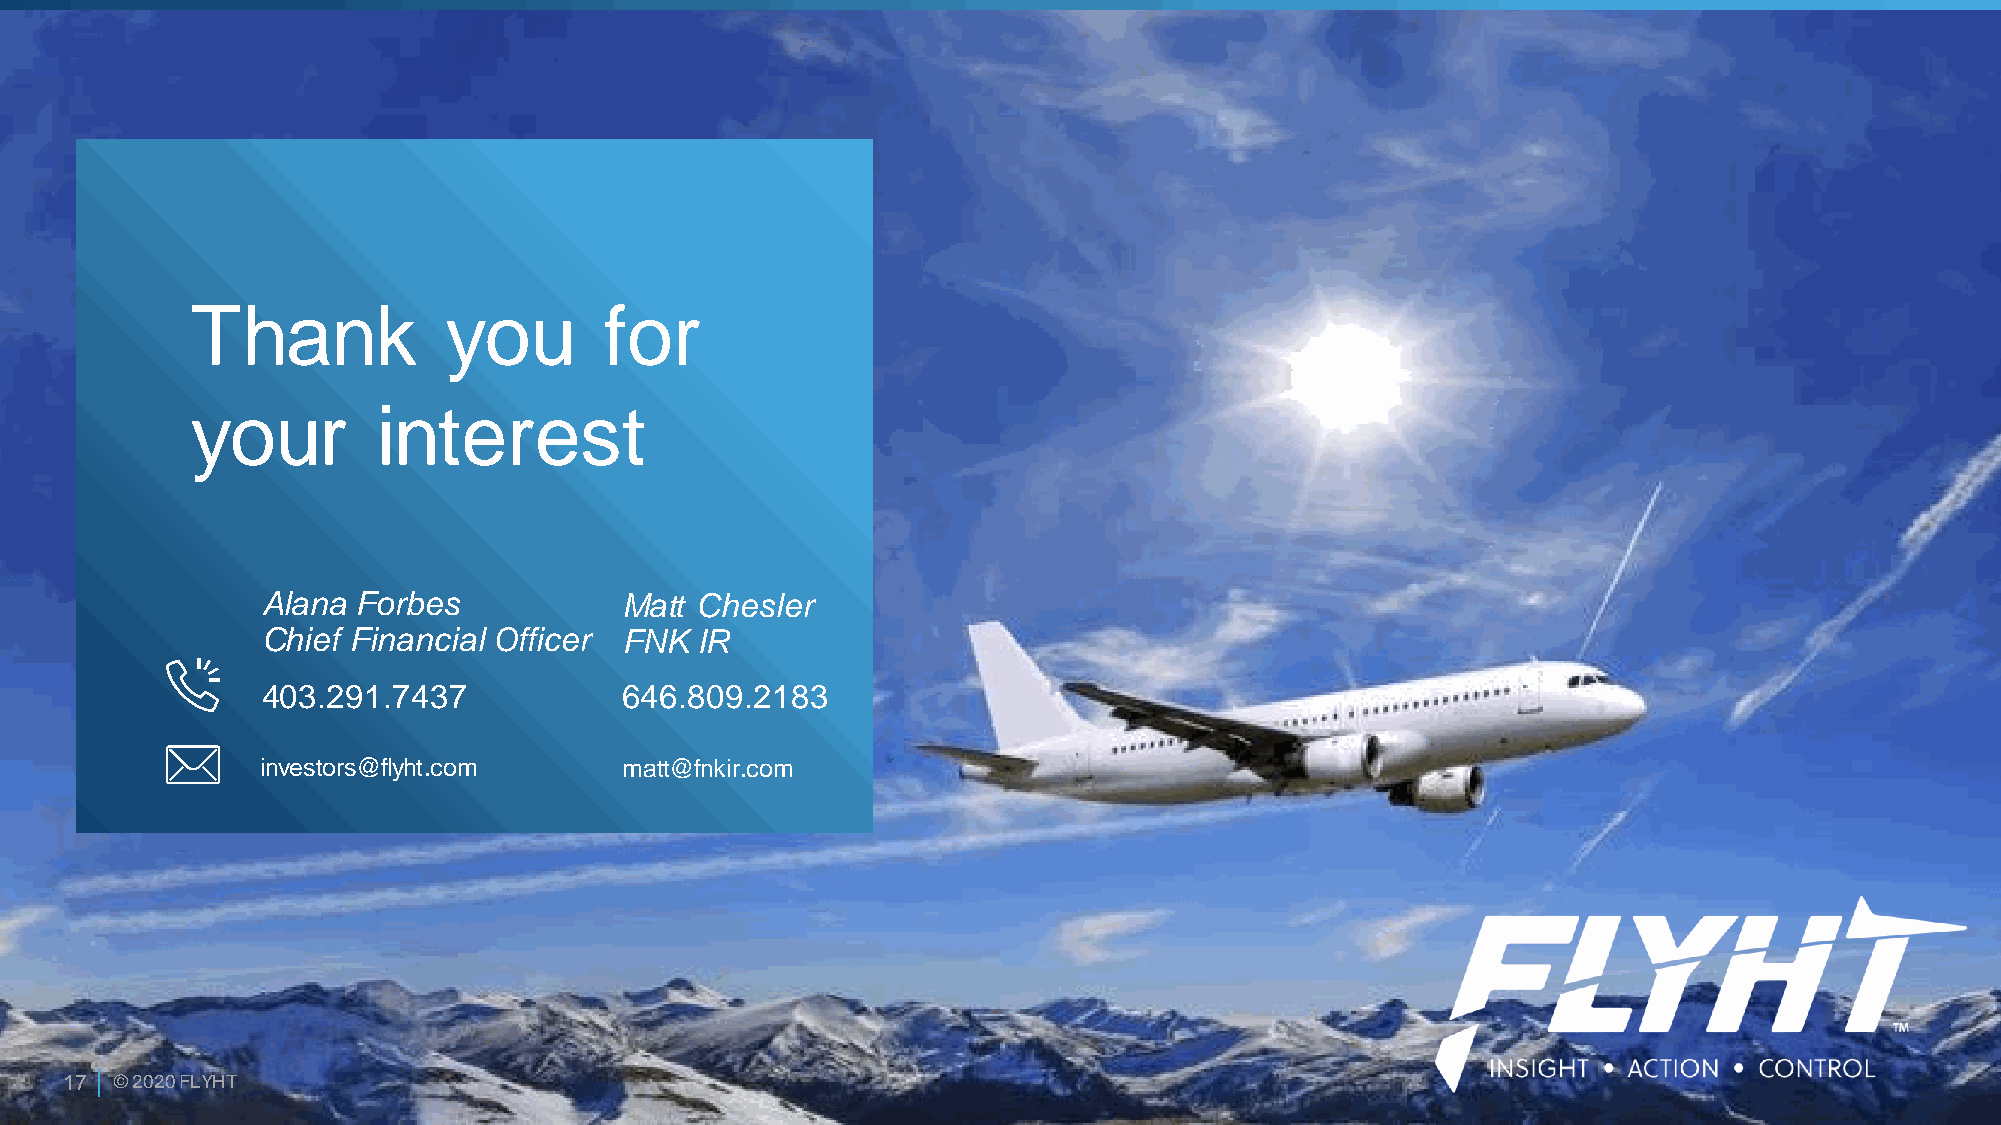
Thank           you        for
 your        interest
 Alana  Forbes           Matt Chesler
 Chief Financial Officer FNK  IR
 403.291.7437            646.809.2183
 investors@flyht.com     matt@fnkir.com
 17  © 2020 FLYHT